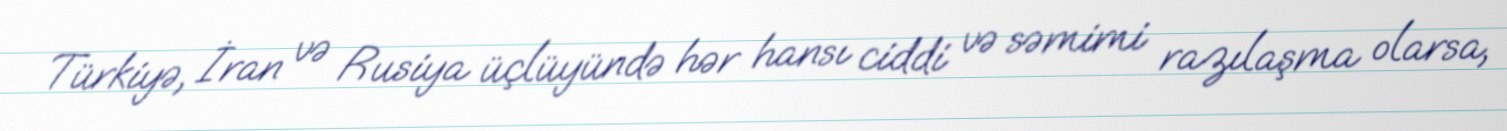
Türkiyə, İran və Rusiya üçlüyündə hər hansı ciddi və səmimi razılaşma olarsa,